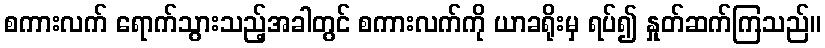
စကားလက် ရောက်သွားသည့်အခါတွင် စကားလက်ကို ယာခရိုးမှ ရပ်၍ နှုတ်ဆက်ကြသည်။